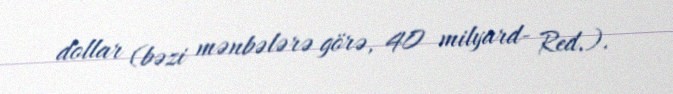
dollar (bəzi mənbələrə görə, 40 milyard- Red.).